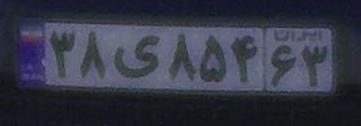
۳۸ی۸۵۴۶۳